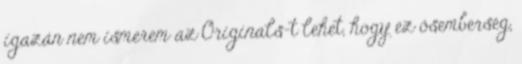
igazán nem ismerem az Originals-t lehet, hogy ez ősemberség,